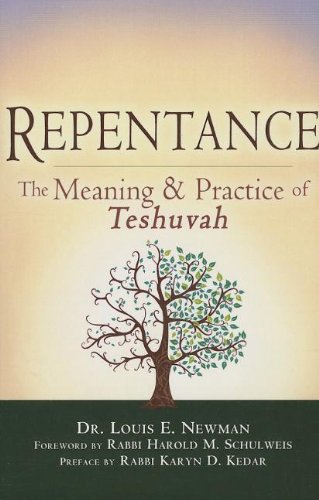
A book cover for Repentance: The Meaning and Practice of <em>Teshuvah</em>; Dr. Louis E. Newman; Religion & Spirituality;